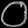
Digit: ၀